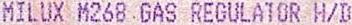
MILUX M268 GAS REGULATOR H/D